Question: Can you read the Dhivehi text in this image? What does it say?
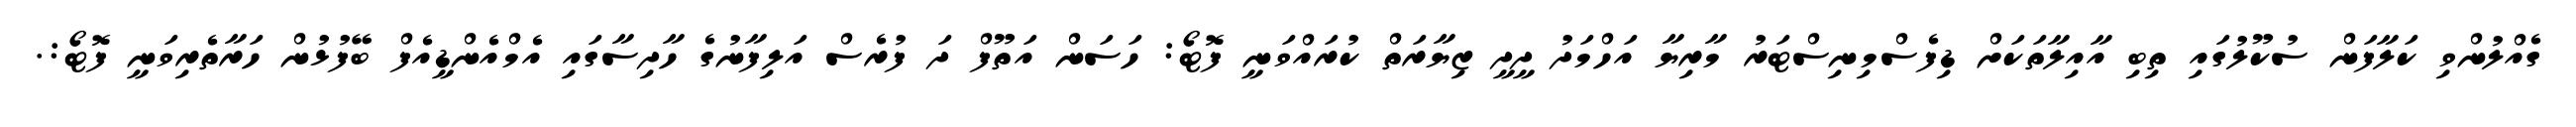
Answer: ގެއްލުންވި ކަލާފަން ސުކޫލުގައި ތިބި އާއިލާތަކަށް ޑިފެސްމިނިސްޓަރު މާރިޔާ އަހްމަދު ދީދީ ޒިޔާރަތް ކުރައްވަނީ ފޮޓޯ: ހަސަން އަތޫފް ދަ ފުރެސް އަލިފާނުގެ ހާދިސާގައި އެމްއެންޑީއެފް ބޭފުޅުން ހަރާތެރިވަނީ ފޮޓޯ:.